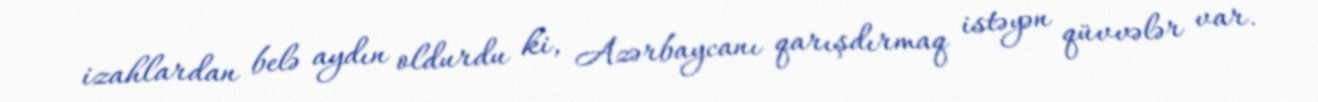
izahlardan belə aydın oldurdu ki, Azərbaycanı qarışdırmaq istəyən qüvvələr var.